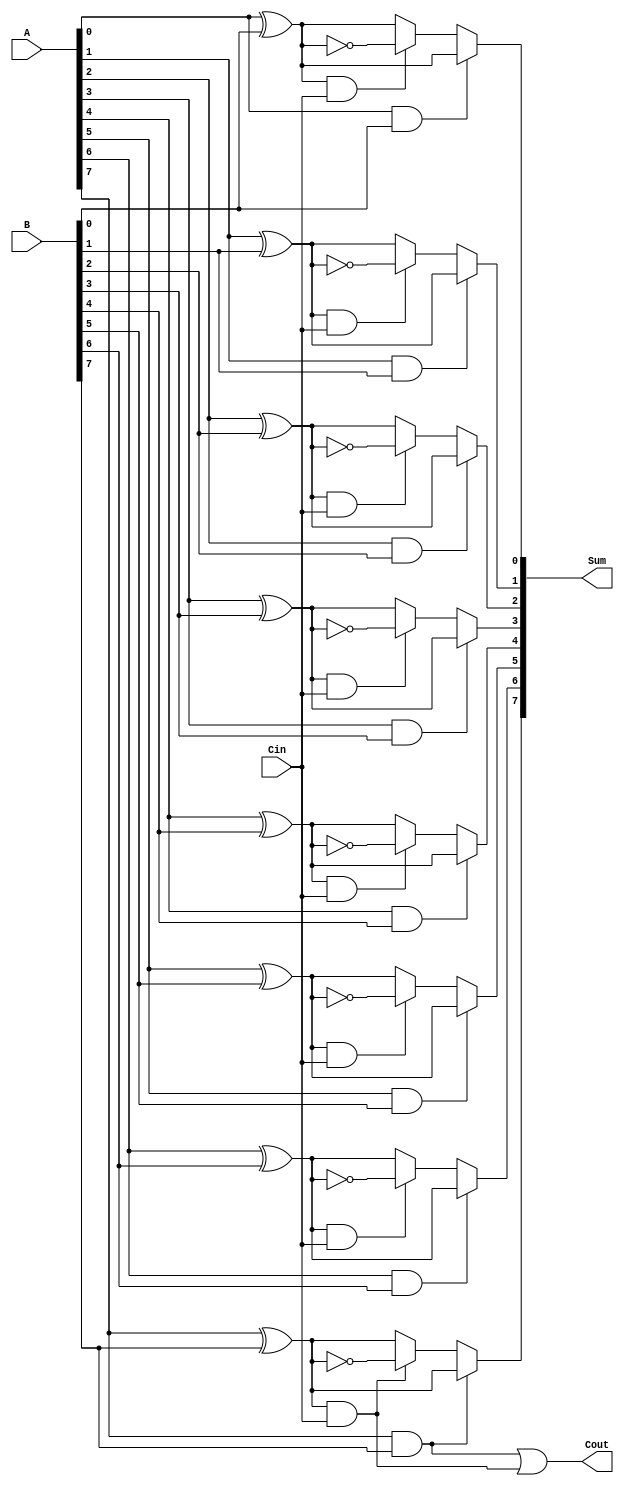
module conditional_sum_adder #(
    parameter N = 8  // Number of bits
)(
    input  [N-1:0] A,    // First n-bit input
    input  [N-1:0] B,    // Second n-bit input
    input         Cin,    // Carry-in
    output [N-1:0] Sum,   // n-bit sum output
    output        Cout     // Carry-out
);
    wire [N-1:0] S0;      // Sum assuming carry-in is 0
    wire [N-1:0] S1;      // Sum assuming carry-in is 1
    wire [N-1:0] C0;      // Carry generated when both bits are 1
    wire [N-1:0] C1;      // Carry generated when Cin = 1
    wire [N-1:0] C;       // Final selected carry signals

    // Generate partial sums
    genvar i;
    generate
        for (i = 0; i < N; i = i + 1) begin : sum_gen
            assign S0[i] = A[i] ^ B[i];  // S0[i] = A[i]  B[i]  0
            assign S1[i] = A[i] ^ B[i] ^ 1;  // S1[i] = A[i]  B[i]  1
        end
    endgenerate

    // Generate carry signals
    generate
        for (i = 0; i < N; i = i + 1) begin : carry_gen
            assign C0[i] = A[i] & B[i];           // Carry when both bits are 1
            assign C1[i] = (A[i] ^ B[i]) & Cin;   // Carry when carry-in is 1
            assign C[i] = C0[i] | C1[i];           // Total carry for selection
        end
    endgenerate

    // Final output selection based on carry generation
    generate
        for (i = 0; i < N; i = i + 1) begin : selection_logic
            assign Sum[i] = C0[i] ? S0[i] : (C1[i] ? S1[i] : S0[i]);
        end
    endgenerate

    // Final carry-out
    assign Cout = C[N-1]; // Cout is derived from the last carry signals

endmodule